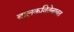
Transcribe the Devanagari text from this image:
बालकवितेबाबत